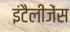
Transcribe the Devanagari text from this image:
इंटैलीजेंस